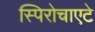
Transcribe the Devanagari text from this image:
स्पिरोचाएटे